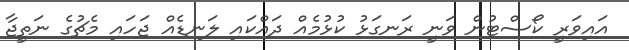
އައިވަރީ ކޯސްޓުން ވަނީ ރަނގަޅު ކުޅުމެއް ދައްކައި ލަނޑެއް ޖަހައި މެޗުގެ ނަތީޖާ